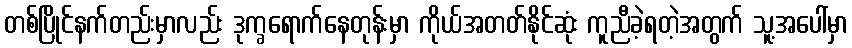
တစ်ပြိုင်နက်တည်းမှာလည်း ဒုက္ခရောက်နေတုန်းမှာ ကိုယ်အတတ်နိုင်ဆုံး ကူညီခဲ့ရတဲ့အတွက် သူ့အပေါ်မှာ